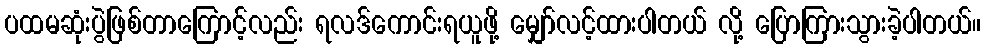
ပထမဆုံးပွဲဖြစ်တာကြောင့်လည်း ရလဒ်ကောင်းရယူဖို့ မျှော်လင့်ထားပါတယ် လို့ ပြောကြားသွားခဲ့ပါတယ်။